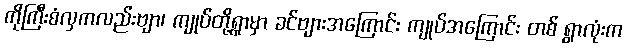
ကိုကြီးစံလှကလည်းဗျာ၊ ကျုပ်တို့ရွာမှာ ခင်ဗျားအကြောင်း ကျုပ်အကြောင်း တစ် ရွာလုံးက